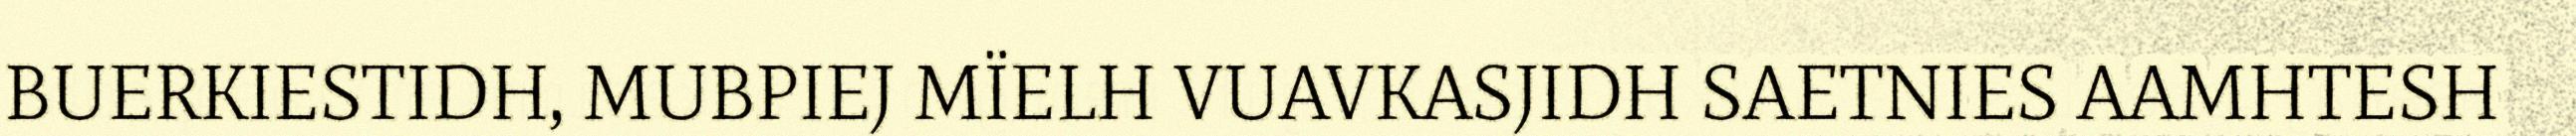
BUERKIESTIDH, MUBPIEJ MÏELH VUAVKASJIDH SAETNIES AAMHTESH